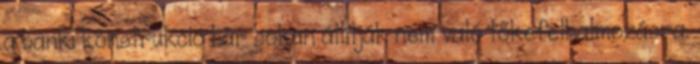
a banki konstrukció bár sokan állítják nem való tőkefelhalmozásra.